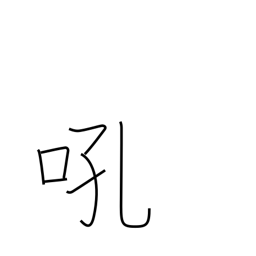
Meaning: bay